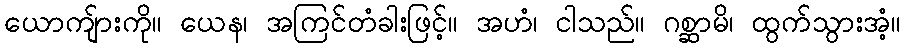
ယောကျ်ားကို။ ယေန၊ အကြင်တံခါးဖြင့်။ အဟံ၊ ငါသည်။ ဂစ္ဆာမိ၊ ထွက်သွားအံ့။